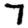
Digit: 7